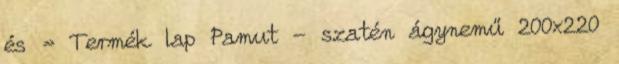
és » Termék lap Pamut - szatén ágynemű 200x220